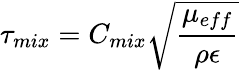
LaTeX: \tau_{mix}=C_{mix}\sqrt{\frac{\mu_{eff}}{\rho\epsilon}}